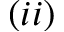
( i i )